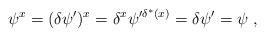
LaTeX: \begin{align*}\psi^x= (\delta\psi')^x= \delta^x\psi'^{\delta^\ast(x)}= \delta\psi'= \psi\ ,\end{align*}